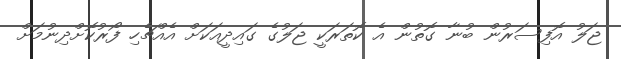
ޖަލު އޮފިސަރުން ބުނާ ގޮތުން އެ ކޮތަރަކީ ޖަލުގެ ގައިދީއަކަށް އެއްޗެހި ފޯރުކޮށްދިނުމަށް